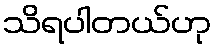
သိရပါတယ်ဟု